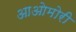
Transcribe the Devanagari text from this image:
आओमोरी